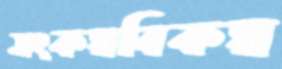
সংকল্পবিকল্প